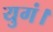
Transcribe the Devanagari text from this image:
युगं।